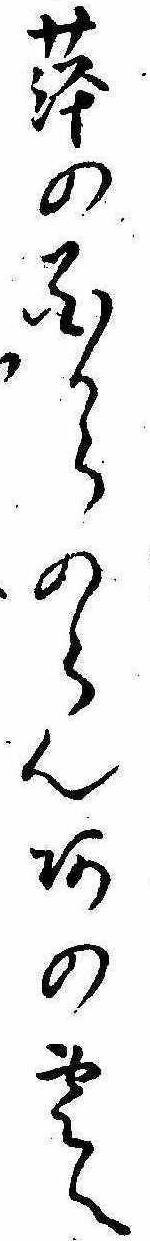
萍の花からのらんあの雲へ